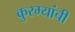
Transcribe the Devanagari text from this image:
कुरम्यांची